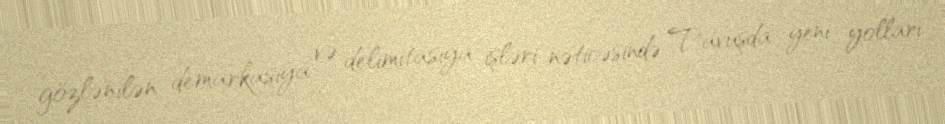
gözlənilən demarkasiya və delimitasiya işləri nəticəsində Tavuşda yeni yolları